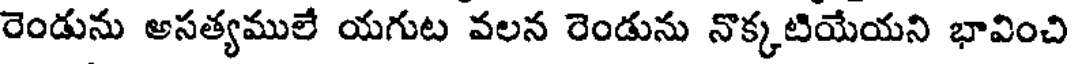
రెండును అసత్యములే యగుట వలన రెండును నొక్కటియేయని భావించి